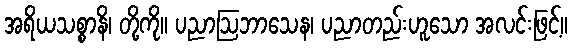
အရိယသစ္စာနိ၊ တို့ကို။ ပညာဩဘာသေန၊ ပညာတည်းဟူသော အလင်းဖြင့်။